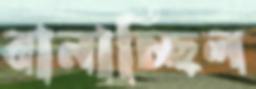
বানাচ্ছিল